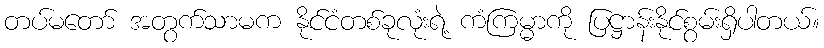
တပ်မတော် အတွက်သာမက နိုင်ငံတစ်ခုလုံးရဲ့ ကံကြမ္မာကို ပြဋ္ဌာန်းနိုင်စွမ်းရှိပါတယ်။